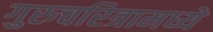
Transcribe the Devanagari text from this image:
गुरुचरित्रामध्ये